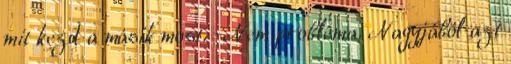
mit kezd a másik most. -Nem probléma. Nagyjából azt